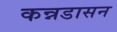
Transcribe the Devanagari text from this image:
कन्नडासन